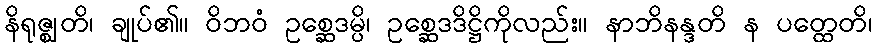
နိရုဇ္ဈတိ၊ ချုပ်၏။ ဝိဘဝံ ဥစ္ဆေဒမ္ပိ၊ ဥစ္ဆေဒဒိဋ္ဌိကိုလည်း။ နာဘိနန္ဒတိ န ပတ္ထေတိ၊